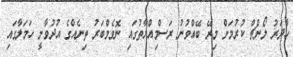
ހާދަރު ލޯންޗް ކުރުމަށް މިރޭ ބޭއްވުނު ރަސްމިއްޔާތުގައި ނޮވެމްބަރު ތިނެއްގެ އުދުވާނީ ހަމަލާގައި